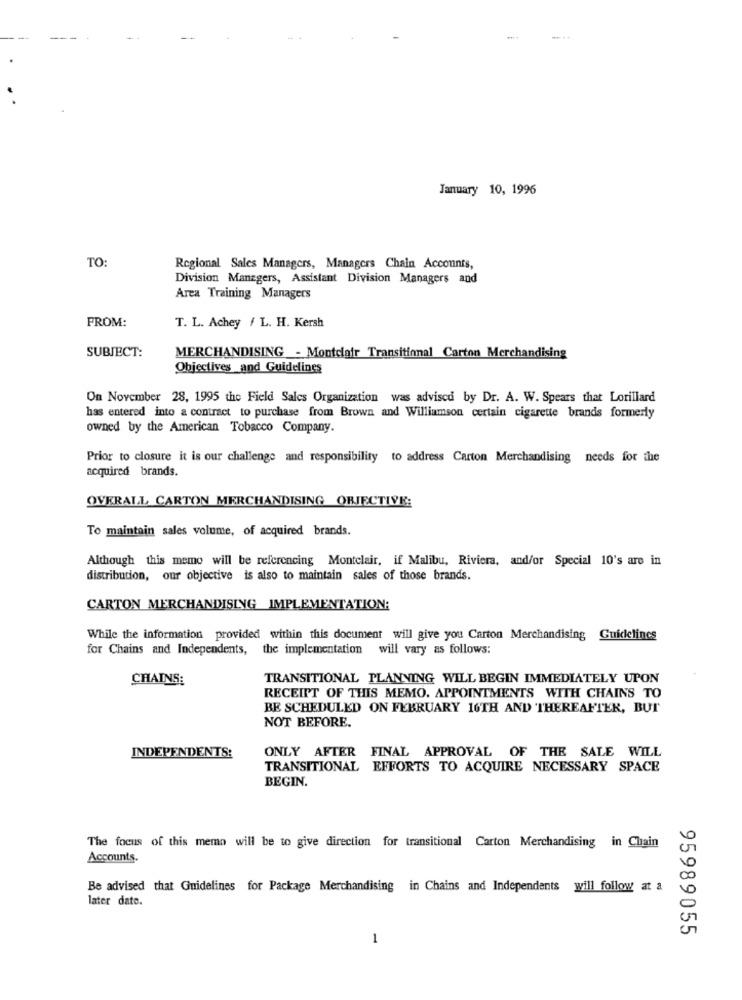
January 10, 1996
TO:
Regional Sales Managers, Managers Chain Accounts,
Division Managers, Assistant Division Managers and
Area Training Managers
FROM:
T. L. Achey / L. H. Kersh
SUBJECT:
MERCHANDISING - Montdair Transitional Carton Merchandising
Objectives_and Guidelines
On November 28, 1995 the Field Sales Organization was advised by Dr. A. W. Spears that Lorillard
has entered into a contract to purchase from Brown and Williamson certain cigarette brands formerly
owned by the American Tobacco Company.
Prior to closure it is our challenge and responsibility to address Carton Merchandising needs for the
acquired brands.
OVERALL CARTON MERCHANDISING ORJECTIVE:
To maintain sales volume, of acquired brands.
Although this memo will be referencing Montclair, if Malibu, Riviera, and/or Special 10's are in
distribution, our objective is also to maintain sales of those brands.
CARTON MERCHANDISING IMPLEMENTATION:
While the information provided within this document will give you Carton Merchandising Guidelines
for Chains and Independents, the implementation
will vary as follows:
CHAINS:
TRANSITIONAL PLANNING WILL BEGIN IMMEDIATELY UPON
RECEIPT OF THIS MEMO. APPOINTMENTS WITH CHAINS TO
BE SCHEDULED ON FEBRUARY 16TH AND THEREAFTER, BUT
NOT BEFORE.
ONLY AFTER FINAL APPROVAL OF THE SALE WILL
INDEPENDENTS:
TRANSITIONAL EFFORTS TO ACQUIRE NECESSARY SPACE
BEGIN.
The focus of this memo will be to give direction for transitional Carton Merchandising in Chain
Accounts.
Be advised that Guidelines for Package Merchandising in Chains and Independents will follow at a
later date.
95989055
-